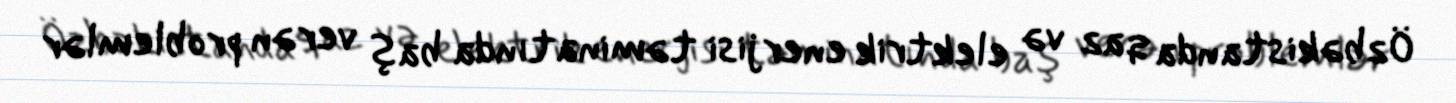
Özbəkistanda qaz və elektrik enerjisi təminatında baş verən problemlər